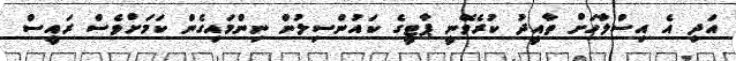
އަދި އެ އިސްލާހަށް ތާއީދު ކުރެވޭނީ ޕާޓީގެ ކައުންސިލުން ނިންމައިގެން ކަމަށްވެސް ރައީސް